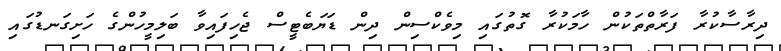
ދިރާސާކުރާ ފަރާތްތަކުން ހާމަކުރާ ގޮތުގައި މިވެކްސިން ދިން ޑަޔަބެޓީސް ޖެހިފައިވާ ބަލިމީހުންގެ ހަށިގަނޑުގައި